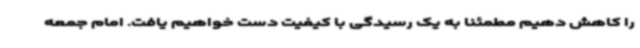
را کاهش دهیم مطمئنا به یک رسیدگی با کیفیت دست خواهیم یافت. امام جمعه